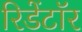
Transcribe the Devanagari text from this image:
रिडेंटॉर